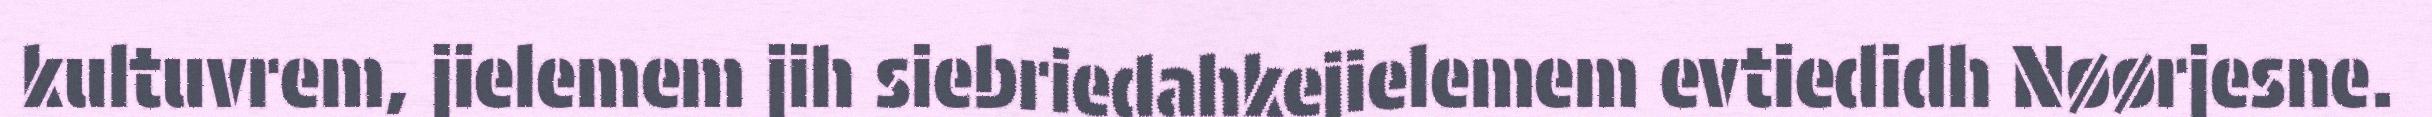
kultuvrem, jielemem jih siebriedahkejielemem evtiedidh Nøørjesne.